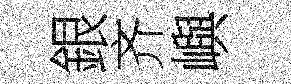
銀齐嶼